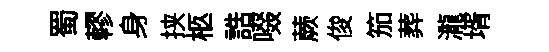
蜀轇身挟柩誥啜蕨俊笳葬瀧壻